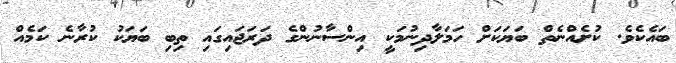
ބައެކެވެ. ކުށެއްނެތް ބަޔަކަށް ހަމަލާދިނުމަކީ އިންސާނުންގެ ދަރަޖައިގައި ތިބި ބަޔަކު ކުރާނެ ކަމެއް